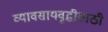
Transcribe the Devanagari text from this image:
व्यावसायवृद्धीसाठी